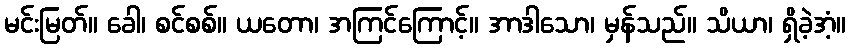
မင်းမြတ်။ ခေါ၊ စင်စစ်။ ယတော၊ အကြင်ကြောင့်။ အာဒါသော၊ မှန်သည်။ သိယာ၊ ရှိခဲ့အံ့။